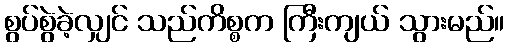
စွပ်စွဲခဲ့လျှင် သည်ကိစ္စက ကြီးကျယ် သွားမည်။